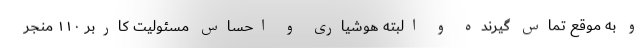
و به موقع تماس گیرنده و البته هوشیاری و احساس مسئولیت کاربر ۱۱۰ منجر